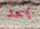
بعد